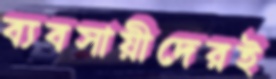
ব্যবসায়ীদেরই